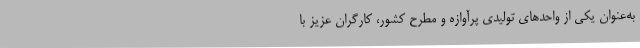
به‌عنوان يكي از واحدهاي توليدي پرآوازه و مطرح كشور، كارگران عزيز با